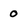
Character: 0